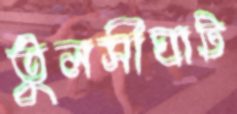
তুলসীঘাট